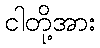
ငါတို့အား